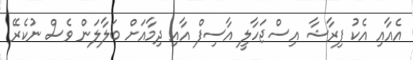
އެއާއި އެކު ފިރާޝާ އިސްޖަހާލީ އާސިފް އާއި ދިމާއަށް ބަލާލަން ވެސް ނުކެރޭ